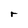
Character: r